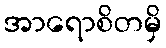
အာရောစိတမှိ